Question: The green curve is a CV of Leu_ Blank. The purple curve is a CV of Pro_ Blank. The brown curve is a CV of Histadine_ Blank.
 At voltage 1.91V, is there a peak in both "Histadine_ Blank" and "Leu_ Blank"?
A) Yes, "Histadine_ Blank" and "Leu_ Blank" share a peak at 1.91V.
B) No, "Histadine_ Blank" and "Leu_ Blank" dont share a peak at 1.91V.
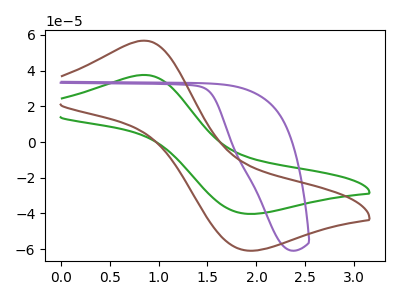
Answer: <think>The green curve "Leu_ Blank" has an anodic peak at (0.85V, 37.55uA) and a cathodic peak at (1.90V, -40.20uA). The purple curve "Pro_ Blank" has no peaks. The brown curve "Histadine_ Blank" has an anodic peak at (0.85V, 56.75uA) and a cathodic peak at (1.90V, -60.80uA).</think>
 <answer>A) Yes, "Histadine_ Blank" and "Leu_ Blank" share a peak at 1.91V.</answer>
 <eval>A</eval>